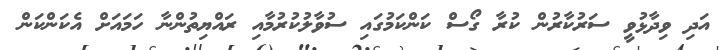
އަދި ވިދާޅުވީ ސަރުކާރުން ކުރާ ގޯސް ކަންކަމުގައި ސުވާލުކުރުމާއި ރައްޔިތުންނާ ހަމައަށް އެކަންކަން